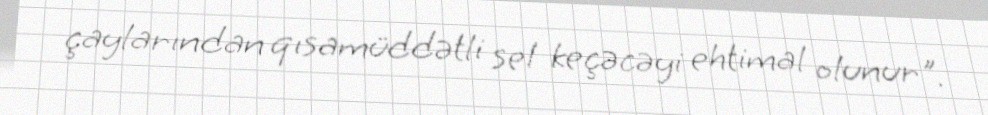
çaylarından qısamüddətli sel keçəcəyi ehtimal olunur".